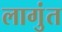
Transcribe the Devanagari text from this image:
लागुंत